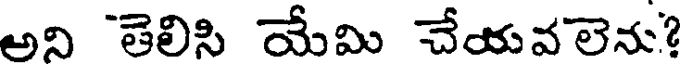
అని తెలిసి యేమి చేయవలెను?